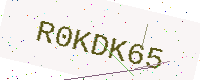
Text: R0KDK65